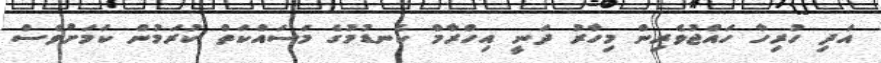
އަދި ހުރިހާ ހައްޖުވެރިން މިހާރު ދަނީ އިހްރާމް ކެނޑުމުގެ މަސައްކަތް ކުރަމުން ކަމަށްވެސް